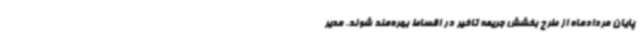
پایان مردادماه از طرح بخشش جریمه تاخیر در اقساط بهره‌مند شوند. مدیر